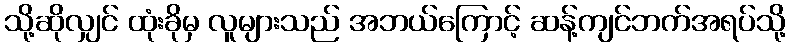
သို့ဆိုလျှင် ထုံးခိုမှ လူများသည် အဘယ်ကြောင့် ဆန့်ကျင်ဘက်အရပ်သို့